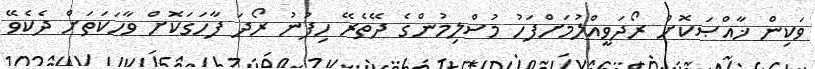
ވަކިން ޚާއްޞަކޮށް ރޯދަވީއްލުމަށްފަހު މުސްލިމުންގެ ދޭތެރޭ ހިފުނު ރޯދަ ފާހަގަކޮށް ވާހަކަތަށް ދެކެވޭ